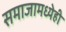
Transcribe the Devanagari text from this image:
समाजामध्येही